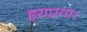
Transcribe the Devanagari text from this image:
हराएगा।